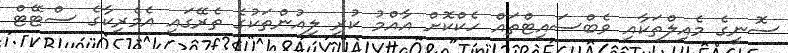
ސޮނީގެ މެއިލްތަކާއި ވެބްސައިޓްތައް ހެކްކޮށް އާއްމު ކުރި ލިއުންތަކުގެ ތެރޭގައި އެމެރިކާގެ ސްޓޭޓް